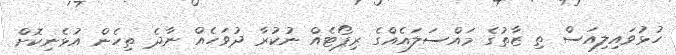
ހުޅުވައިލިއަސް ތި ޒާތުގެ މައްސަލައެއްގެ ރިޕޯޓެއް ނުކުރާ ދުވަހެއް ނާދެ ތިހެން އުޅެނިކޮށް